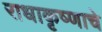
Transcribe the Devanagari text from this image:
राधाकृष्णाचे